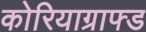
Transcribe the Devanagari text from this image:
कोरियाग्राफ्ड